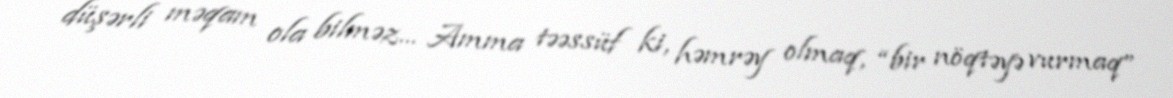
düşərli məqam ola bilməz... Amma təəssüf ki, həmrəy olmaq, “bir nöqtəyə vurmaq”